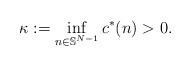
LaTeX: \begin{align*}\kappa := \inf_{n \in \mathbb{S}^{N-1}} c^* (n) >0.\end{align*}